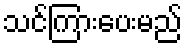
သင်ကြားပေးမည်